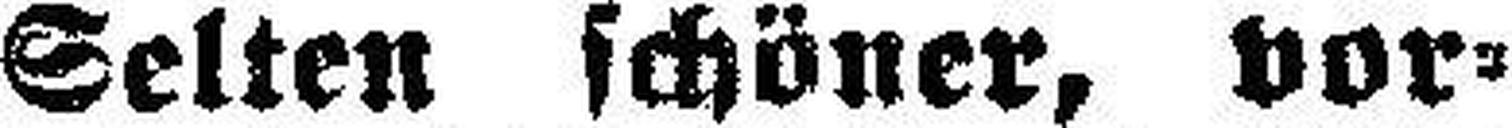
Selten schöner, vor¬